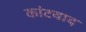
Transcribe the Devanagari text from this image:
कांटवाद